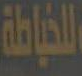
للخياطة